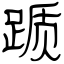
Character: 踬